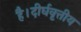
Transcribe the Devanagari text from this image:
है।दीर्घवृत्तीय